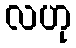
လဟု